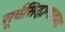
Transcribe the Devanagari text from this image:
सूर्यसिद्धान्ताच्या